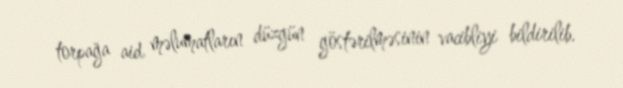
torpağa aid məlumatların düzgün göstərilməsinin vacibliyi bildirilib.